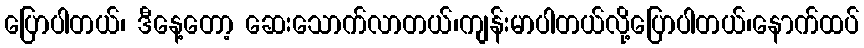
ပြောပါတယ်၊ ဒီနေ့တော့ ဆေးသောက်လာတယ်၊ကျန်းမာပါတယ်လို့ပြောပါတယ်၊နောက်ထပ်